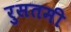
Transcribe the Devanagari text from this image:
रुसतमी